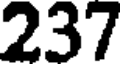
237